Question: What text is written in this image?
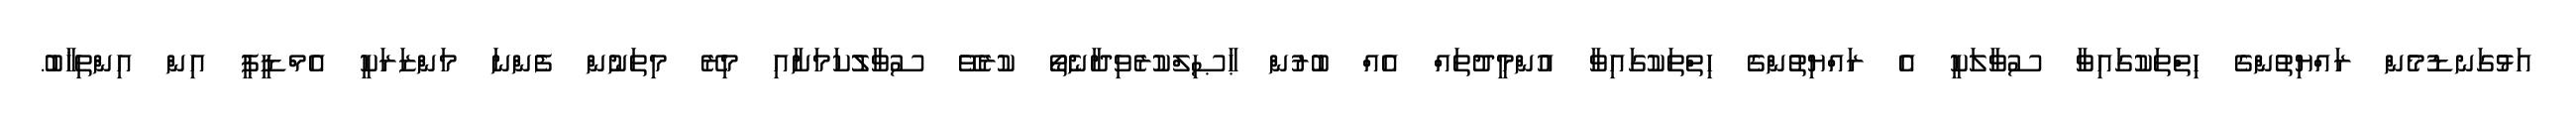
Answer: އަޅުގަނޑުމެން ރައްޔިތުންގެ ހިތްތަކުގައިވާ ސުވާލަކީ އެ ރައްޔިތުންގެ ހިތްތަކުގައިވާ އުންމީދުތައް އެއް ބުރުން ޙާޞިލްކުރެވިދާނެތޯ ކުރެވޭ ސުވާލުކަމަށާއި މިރޭ މިތަނުން ފެންނަ މަންޒަރަކީ އެމްޑީޕީ އިން އިންތިޚާބު.